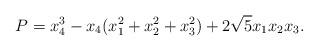
LaTeX: \begin{align*}P = x_{4}^{3} - x_{4}(x_{1}^{2} + x_{2}^{2} + x_{3}^{2}) + 2\sqrt{5}x_{1}x_{2}x_{3}.\end{align*}